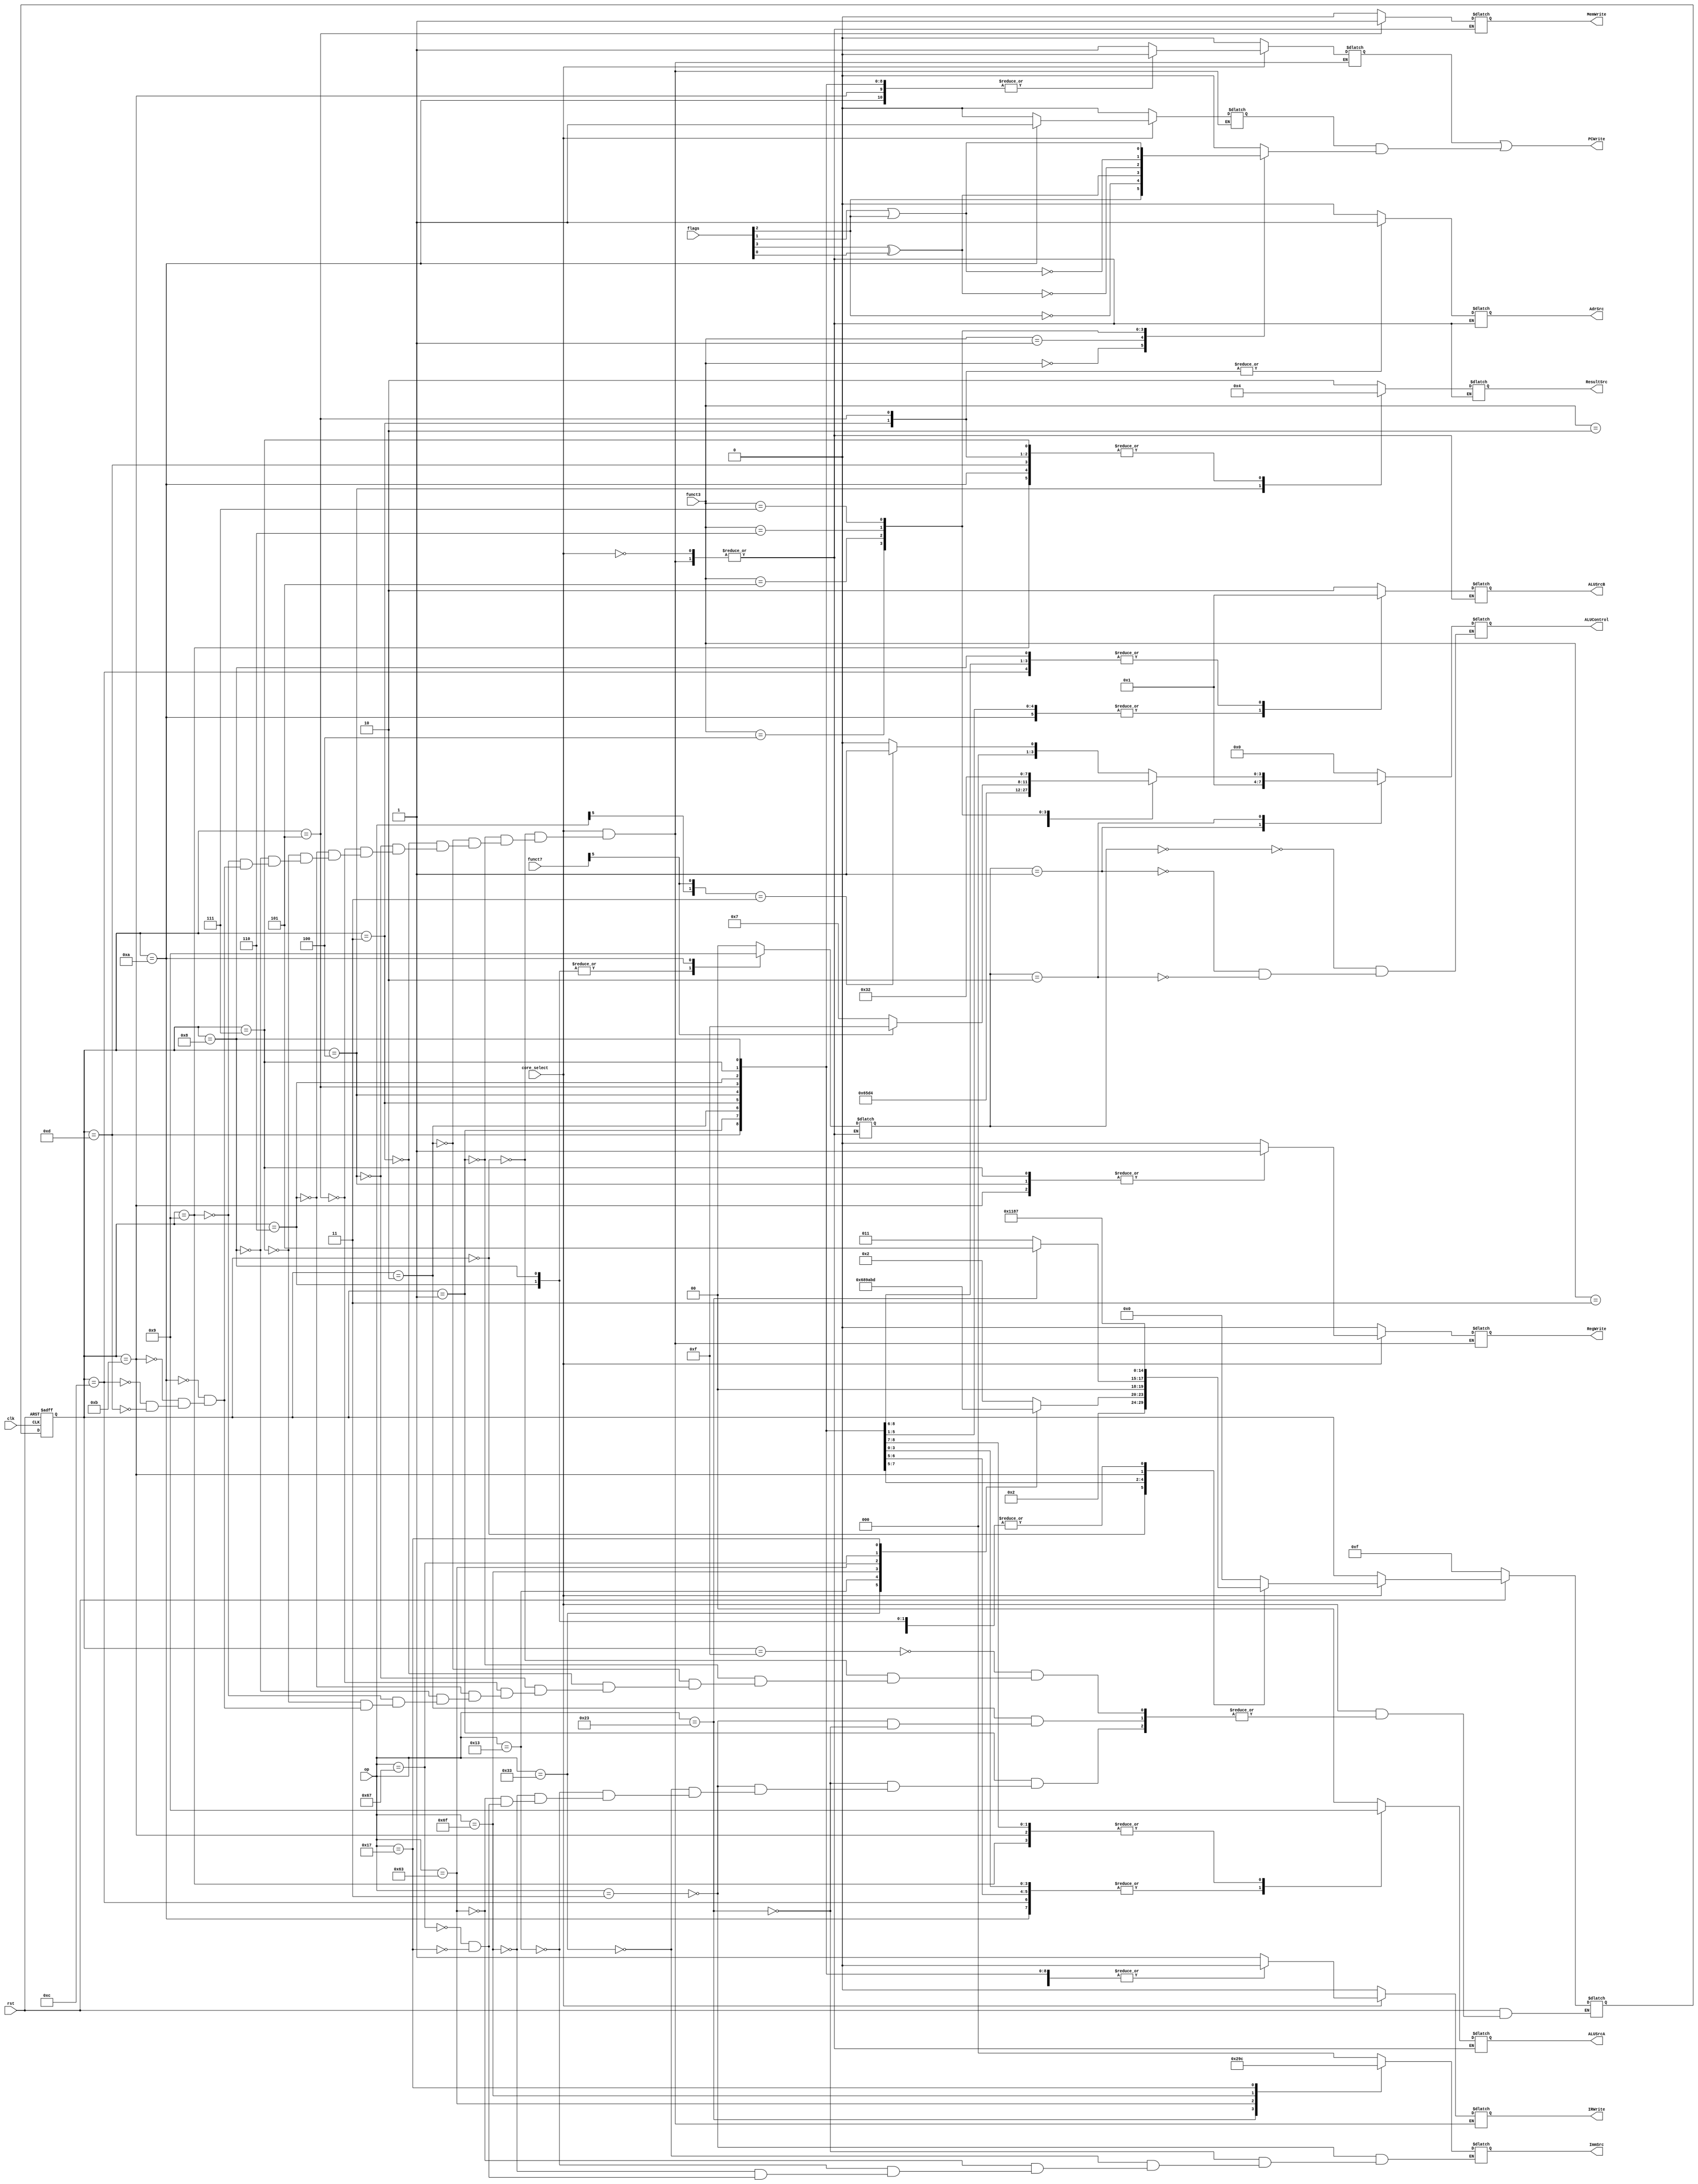
module control(
input clk,rst,core_select,
input [3:0]flags,
input [6:0]op,funct7,
input [2:0]funct3,
output reg AdrSrc,IRWrite,MemWrite, RegWrite, 
output PCWrite,
output reg [1:0]ALUSrcA,ALUSrcB,ResultSrc,
output reg[2:0]ImmSrc,
output reg[3:0]ALUControl 
    );

reg [1:0]ALUOp;
/////////////////////////////////////// FSM START /////////////////////////////////////////////////
reg PCUpdate,Branch;
reg [4:0]present_state;
reg [4:0]next_state;
parameter idle = 4'b1111,state_0 = 4'b0000,state_1 = 4'b0001,state_2 = 4'b0010,state_3 = 4'b0011,
       state_4 = 4'b0100,state_5 = 4'b0101,state_6 = 4'b0110,state_7 = 4'b0111,state_8 = 4'b1000,
	   state_9 = 4'b1001,state_10 = 4'b1010,state_11 = 4'b1011,state_12 = 4'b1100, state_13 = 4'b1101;


always @ (*)
begin
   	if (!rst)
    		next_state <= idle;
	else if(!core_select)
			next_state <= present_state;
	else
	begin
		case (present_state)
     			idle :     next_state <= state_0;
     			state_0 :  next_state <= state_1;
				state_1 :  case(op)
								7'b0100011 : next_state <= state_2;		//sw
								7'b0000011 : next_state <= state_2;		//lw
								7'b0110011 : next_state <= state_6;  	//R
								7'b0010011 : next_state <= state_8;		//itypeALU
								7'b1101111 : next_state <= state_9;   	//jal
								7'b1100011 : next_state <= state_10;  	//B - type
								7'b1100111 : next_state <= state_11;  	//jalr
								7'b0010111	:next_state<= state_13; 	//uimm ops
								default : next_state <= next_state;            
							endcase
				state_2 :  case(op)   
							   7'b0000011 : next_state <= state_3;// load
							   7'b0100011 : next_state <= state_5;// store
							   default : next_state <= next_state; 
						   endcase
				state_3 :  next_state <= state_4;
				state_4 :  next_state <= state_0;         
				state_5 :  next_state <= state_0;  
				state_6 :  next_state <= state_7;  
				state_8 :  next_state <= state_7;  
				state_9 :  next_state <= state_7;  
				state_7 :  next_state <= state_0;
				state_10 :  next_state <= state_0;  
				state_11:	next_state <= state_12;
				state_12:	next_state <= state_0;
				state_13:	next_state <= state_7;
 	
		endcase
	end

end

 always @ (posedge clk or negedge rst) begin  //state register
  if (!rst)
     present_state <= idle;
  else
     present_state <= next_state;  
 end
 
 always @ (present_state,core_select) //output block
  begin
	if (!core_select) begin IRWrite <= 0; PCUpdate <= 0; Branch <=0; RegWrite <= 0; end
	else
	   case (present_state)
		   state_0 : begin AdrSrc <= 0; IRWrite <= 1; ALUSrcA <= 2'b00; ALUSrcB <= 2'b10; ALUOp <= 2'b00; ResultSrc <= 2'b10; PCUpdate <= 1; Branch <=0; MemWrite <= 0; RegWrite <= 0; end
		   state_1 : begin AdrSrc <= 0; IRWrite <= 0; ALUSrcA <= 2'b01; ALUSrcB <= 2'b01; ALUOp <= 2'b00; ResultSrc <= 2'b10; PCUpdate <= 0; Branch <=0; MemWrite <= 0; RegWrite <= 0; end
		   state_2 : begin AdrSrc <= 0; IRWrite <= 0; ALUSrcA <= 2'b10; ALUSrcB <= 2'b01; ALUOp <= 2'b00; ResultSrc <= 2'b10; PCUpdate <= 0; Branch <=0; MemWrite <= 0; RegWrite <= 0; end
		   state_3 : begin AdrSrc <= 1; IRWrite <= 0; ALUSrcA <= 2'b10; ALUSrcB <= 2'b00; ALUOp <= 2'b00; ResultSrc <= 2'b00; PCUpdate <= 0; Branch <=0; MemWrite <= 0; RegWrite <= 0; end
		   state_4 : begin AdrSrc <= 0; IRWrite <= 0; ALUSrcA <= 2'b00; ALUSrcB <= 2'b00; ALUOp <= 2'b00; ResultSrc <= 2'b01; PCUpdate <= 0; Branch <=0; MemWrite <= 0; RegWrite <= 1; end
		   state_5 : begin AdrSrc <= 1; IRWrite <= 0; ALUSrcA <= 2'b10; ALUSrcB <= 2'b00; ALUOp <= 2'b00; ResultSrc <= 2'b00; PCUpdate <= 0; Branch <=0; MemWrite <= 1; RegWrite <= 0; end
		   state_6 : begin AdrSrc <= 0; IRWrite <= 0; ALUSrcA <= 2'b10; ALUSrcB <= 2'b00; ALUOp <= 2'b10; ResultSrc <= 2'b10; PCUpdate <= 0; Branch <=0; MemWrite <= 0; RegWrite <= 0; end
		   state_7 : begin AdrSrc <= 0; IRWrite <= 0; ALUSrcA <= 2'b10; ALUSrcB <= 2'b00; ALUOp <= 2'b00; ResultSrc <= 2'b00; PCUpdate <= 0; Branch <=0; MemWrite <= 0; RegWrite <= 1; end
		   state_8 : begin AdrSrc <= 0; IRWrite <= 0; ALUSrcA <= 2'b10; ALUSrcB <= 2'b01; ALUOp <= 2'b10; ResultSrc <= 2'b10; PCUpdate <= 0; Branch <=0; MemWrite <= 0; RegWrite <= 0; end
		   state_9 : begin AdrSrc <= 0; IRWrite <= 0; ALUSrcA <= 2'b01; ALUSrcB <= 2'b10; ALUOp <= 2'b00; ResultSrc <= 2'b00; PCUpdate <= 1; Branch <=0; MemWrite <= 0; RegWrite <= 0; end
		   state_10: begin AdrSrc <= 0; IRWrite <= 0; ALUSrcA <= 2'b10; ALUSrcB <= 2'b00; ALUOp <= 2'b01; ResultSrc <= 2'b00; PCUpdate <= 0; Branch <=1; MemWrite <= 0; RegWrite <= 0; end
		   state_11: begin AdrSrc <= 0; IRWrite <= 0; ALUSrcA <= 2'b01; ALUSrcB <= 2'b10; ALUOp <= 2'b00; ResultSrc <= 2'b10; PCUpdate <= 0; Branch <=0; MemWrite <= 0; RegWrite <= 1; end
		   state_12: begin AdrSrc <= 0; IRWrite <= 0; ALUSrcA <= 2'b10; ALUSrcB <= 2'b01; ALUOp <= 2'b00; ResultSrc <= 2'b10; PCUpdate <= 1; Branch <=0; MemWrite <= 0; RegWrite <= 0; end
		   state_13: begin AdrSrc <= 0; IRWrite <= 0; ALUSrcA <= 2'b01; ALUSrcB <= 2'b01; ALUOp <= 2'b00; ResultSrc <= 2'b00; PCUpdate <= 0; Branch <=0; MemWrite <= 0; RegWrite <= 0; end
	   endcase  
  end
/////////////////////////////////////// FSM END /////////////////////////////////////////////////


/////////////////////////////////////// Branch Control //////////////////////////////////////////
reg BranchCond;

always@(*)
	case(funct3)
		3'b000: BranchCond <= flags[2];			//beq, Z
		3'b001: BranchCond <= !flags[2];			//bne, ~Z
		3'b100: BranchCond <= flags[3]^flags[0];		//blt, N^V
		3'b101: BranchCond <= !(flags[3]^flags[0]);	//bge, ~(N^V)
		3'b110: BranchCond <= !(flags[1] | flags[2]);	//bltu, ~(Z or C)
		3'b111: BranchCond <= (flags[1] | flags[2]);	//bgeu, Z or C
	default:	BranchCond <=0;
	endcase
assign PCWrite = PCUpdate|(Branch&BranchCond);
/////////////////////////////////////// Branch Control End /////////////////////////////////////

/////////////////////////////////////// ALU Decoder ////////////////////////////////////////////
always@(*)
	case(ALUOp)
		2'b00:	ALUControl <= 4'b0000;
		2'b01:	ALUControl <= 4'b0001; //B - type
		2'b10:	case(funct3)
					3'b000:	case({op[5],funct7[5]})
								2'b00:	ALUControl <= 4'b0000; //addi
								2'b01:	ALUControl <= 4'b0000; //addi
								2'b10:	ALUControl <= 4'b0000; //add
								2'b11:	ALUControl <= 4'b0001; //sub
							endcase

					3'b001:     ALUControl <= 4'b0110;	//sll: shift left log.
											//I and R not seperated
					3'b010:	ALUControl <= 4'b0101;	//slt: set less than 												//signed
					3'b011:	ALUControl <= 4'b1101;	//sltu: set less than 												//unsigned
					3'b100:     ALUControl <= 4'b0100;	//xor

					3'b101:     case(funct7[5])
								1'b0: ALUControl <= 4'b0111;   //srl: shift 												//right log.
								1'b1: ALUControl <= 4'b1111;   //sra: shift 												//right arith.
							endcase
					3'b110:	ALUControl <= 4'b0011;	//or
					3'b111:	ALUControl <= 4'b0010;	//and
				endcase
	endcase
/////////////////////////////////////// ALU Decoder End ////////////////////////////////////////////

/////////////////////////////////////// Extend Control ////////////////////////////////////////////
always@(*)
	case(op)
		7'b0000011:	ImmSrc <= 3'b000;	//lw
		7'b0100011:	ImmSrc <= 3'b001;	//sw
		7'b0110011:	ImmSrc <= 3'b000;	//R type
		7'b1100011:	ImmSrc <= 3'b010;	//beq
		7'b0010011:	ImmSrc <= 3'b000;	//I-ALU
		7'b1101111:	ImmSrc <= 3'b011;	//jal
		7'b1100111:	ImmSrc <= 3'b000;	//jalr
		7'b0010111:	ImmSrc <= 3'b100;	//upper immediate
	endcase	
/////////////////////////////////////// Extend Control End ////////////////////////////////////////////	
 endmodule
 
//begin AdrSrc <= 0; IRWrite <= 1; ALUSrcA <= 2'b00; ALUSrcB <= 2'b10; ALUOp <= 2'b00; ResultSrc <= 2'b10; PCUpdate <= 1; Branch <=0; MemWrite <= 0; RegWrite <= 0; end